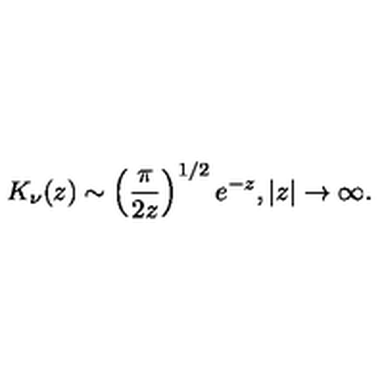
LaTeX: K _ { \nu } ( z ) \sim \left( \frac { \pi } { 2 z } \right) ^ { 1 / 2 } e ^ { - z } , | z | \to \infty .